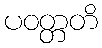
ပဝတ္တတိ